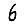
Digit: 6